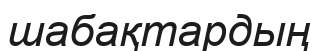
шабақтардың